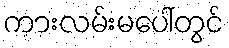
ကားလမ်းမပေါ်တွင်